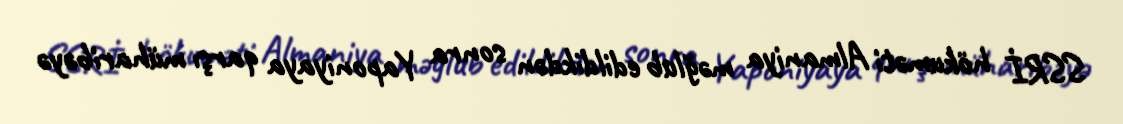
SSRİ hökuməti Almaniya məğlub edildikdən sonra Yaponiyaya qarşı müharibəyə